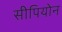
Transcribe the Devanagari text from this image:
सीपियोन